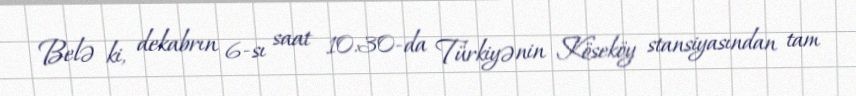
Belə ki, dekabrın 6-sı saat 10:30-da Türkiyənin Köseköy stansiyasından tam